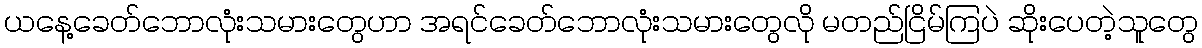
ယနေ့ခေတ်ဘောလုံးသမားတွေဟာ အရင်ခေတ်ဘောလုံးသမားတွေလို မတည်ငြိမ်ကြပဲ ဆိုးပေတဲ့သူတွေ